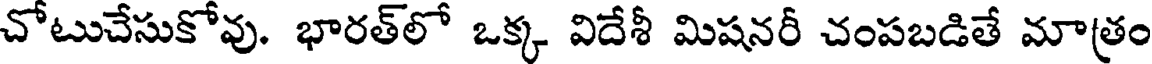
చోటుచేసుకోవు. భారత్లో ఒక్క విదేశీ మిషనరీ చంపబడితే మాత్రం